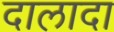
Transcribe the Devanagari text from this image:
दालादा